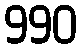
990